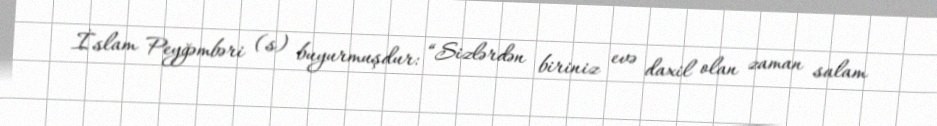
İslam Peyğəmbəri (s) buyurmuşdur: “Sizlərdən biriniz evə daxil olan zaman salam